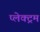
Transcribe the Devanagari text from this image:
प्लेक्ट्रम